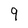
Character: 9